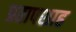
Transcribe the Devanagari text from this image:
प्रतापशाह